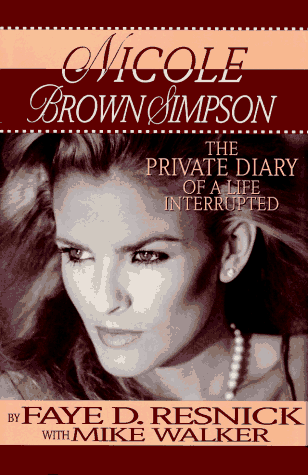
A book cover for Nicole Brown Simpson: The Private Diary of a Life Interrupted; Faye D. Resnick; Biographies & Memoirs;